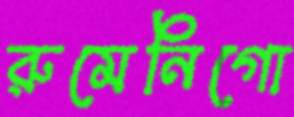
রুমেনিগো